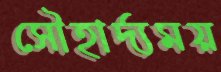
সৌহার্দ্যময়